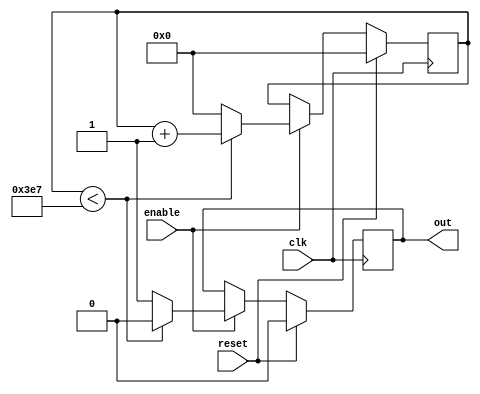
// timmer,  generates one pulse of clk period width each PERIOD count of clk

// parameter 2^WIDTH must be bigger then PERIOD
// parameter PERIOD must be bigger then 2

module timer #(parameter WIDTH = 32, parameter PERIOD = 1000)(
	input clk,	// clk system clock
	input enable,	// enable of timer
	input reset,	// synchronous reset
	output reg out  // output pulse
	);
	
   // *********************************************************************
	//
	// TASK 1:  we need add inputs enable and reset to the code from week 06
	//
	// *********************************************************************

	reg [WIDTH-1:0] timer;
	
	always @(posedge clk) begin
		if (reset) begin
			timer <= 0;
			out <= 0;
		end else if (enable) begin
			if (timer < PERIOD-1) begin 
				timer <= timer + {{WIDTH-1{1'b0}},1'b1};
					out <= 1'b0;
			end else begin
			timer <= {WIDTH{1'b0}};
				out <= 1'b1;
			end
		end
	end
endmodule